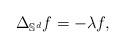
LaTeX: \begin{align*}\Delta_{\mathbb S^d} f =- \lambda f,\end{align*}